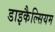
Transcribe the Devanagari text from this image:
डाइकैल्सियम